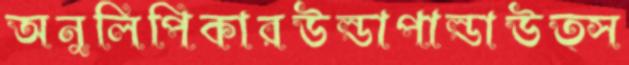
অনুলিপিকারউল্ডাপাল্ডাউত্স